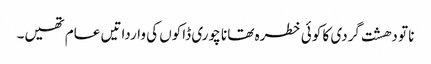
نا تو دھشت گردی کا کوئی خطرہ تھا نا چوری ڈاکوں کی وارداتیں عام تھیں۔